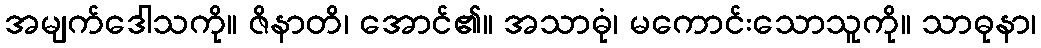
အမျက်ဒေါသကို။ ဇိနာတိ၊ အောင်၏။ အသာဓုံ၊ မကောင်းသောသူကို။ သာဓုနာ၊